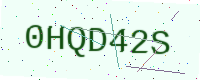
Text: 0HQD42S